Report of the Indian Hemp Drugs Commission, 1894-1895 - Volume II
Year: 1894
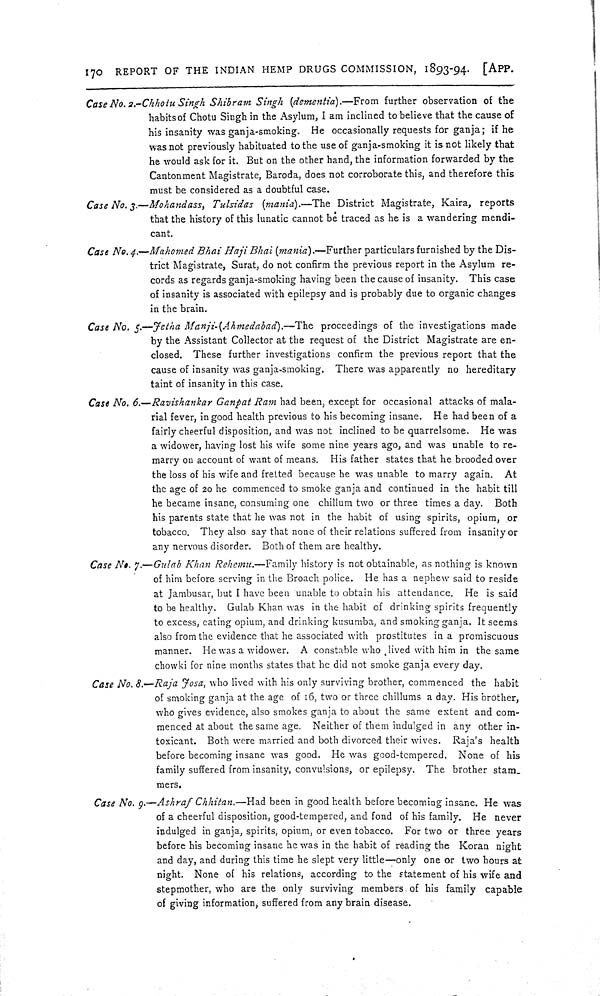
170 REPORT OF THE INDIAN HEMP DRUGS COMMISSION, 1893-94. [APP.
Case No. 2.-Chhotu Singh Shibram Singh (dementia).—From further observation of the
habits of Chotu Singh in the Asylum, I am inclined to believe that the cause of
his insanity was ganja-smoking. He occasionally requests for ganja; if he
was not previously habituated to the use of ganja-smoking it is not likely that
he would ask for it. But on the other hand, the information forwarded by the
Cantonment Magistrate, Baroda, does not corroborate this, and therefore this
must be considered as a doubtful case.
Case No. 3.—Mohandass, Tulsidas (mania).—The District Magistrate, Kaira, reports
that the history of this lunatic cannot be traced as he is a wandering mendi-
cant.
Case No. 4.—Mahomed Bhai Haji Bhai (mania).—Further particulars furnished by the Dis-
trict Magistrate, Surat, do not confirm the previous report in the Asylum re-
cords as regards ganja-smoking having been the cause of insanity. This case
of insanity is associated with epilepsy and is probably due to organic changes
in the brain.
Case No. 5.—Jetna Manji-(Ahmedabad).—The proceedings of the investigations made
by the Assistant Collector at the request of the District Magistrate are en-
closed. These further investigations confirm the previous report that the
cause of insanity was ganja-smoking. There was apparently no hereditary
taint of insanity in this case.
Case No. 6.—Ravishankar Ganpat Ram had been, except for occasional attacks of mala-
rial fever, in good health previous to his becoming insane. He had been of a
fairly cheerful disposition, and was not inclined to be quarrelsome. He was
a widower, having lost his wife some nine years ago, and was unable to re-
marry on account of want of means. His father states that he brooded over
the loss of his wife and fretted because he was unable to marry again. At
the age of 20 he commenced to smoke ganja and continued in the habit till
he became insane, consuming one chillum two or three times a day. Both
his parents state that he was not in the habit of using spirits, opium, or
tobacco. They also say that none of their relations suffered from insanity or
any nervous disorder. Both of them are healthy.
Case No. 7.—Gulab Khan Rehemu.—Family history is not obtainable, as nothing is known
of him before serving in the Broach police. He has a nephew said to reside
at Jambusar, but I have been unable to obtain his attendance. He is said
to be healthy. Gulab Khan was in the habit of drinking spirits frequently
to excess, eating opium, and drinking kusumba, and smoking ganja. It seems
also from the evidence that he associated with prostitutes in a promiscuous
manner. He was a widower. A constable who lived with him in the same
chowki for nine months states that he did not smoke ganja every day.
Case No. 8.-Raja Josa, who lived with his only surviving brother, commenced the habit
of smoking ganja at the age of 16, two or three chillums a day. His brother,
who gives evidence, also smokes ganja to about the same extent and com-
menced at about the same age. Neither of them indulged in any other in-
toxicant. Both were married and both divorced their wives. Raja's health
before becoming insane was good. He was good-tempered. None of his
family suffered from insanity, convulsions, or epilepsy. The brother stam-
mers.
Case No. 9.—Ashraf Chhitan.—Had been in good health before becoming insane. He was
of a cheerful disposition, good-tempered, and fond of his family. He never
indulged in ganja, spirits, opium, or even tobacco. For two or three years
before his becoming insane he was in the habit of reading the Koran night
and day, and during this time he slept very little—only one or two hours at
night. None of his relations, according to the statement of his wife and
stepmother, who are the only surviving members of his family capable
of giving information, suffered from any brain disease.